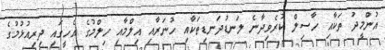
އުންމީދު ތަކާއި ހާސިލް ކުރެވިދާނެ ލަނޑުދަނޑިތަކާއި ހުނަރާއި އިލްމާއި ހިލްމުގެ އެހީގައި ދިރިއުޅުމުގެ